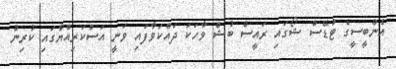
އެންބީސީގެ ޓުޑޭސް ޝޯގައި ރައީސް ބުޝް ވާހަކަ ދައްކަވާފައި ވަނީ އަސްކަރިއްޔާގައި ކުރިން